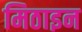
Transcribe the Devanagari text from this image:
मिठाइन